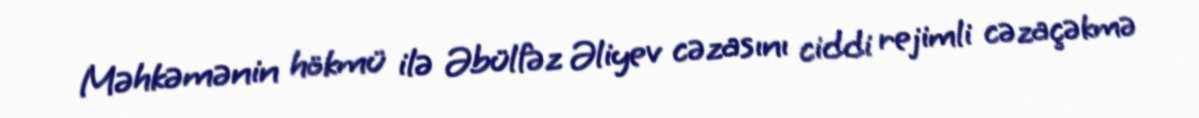
Məhkəmənin hökmü ilə Əbülfəz Əliyev cəzasını ciddi rejimli cəzaçəkmə